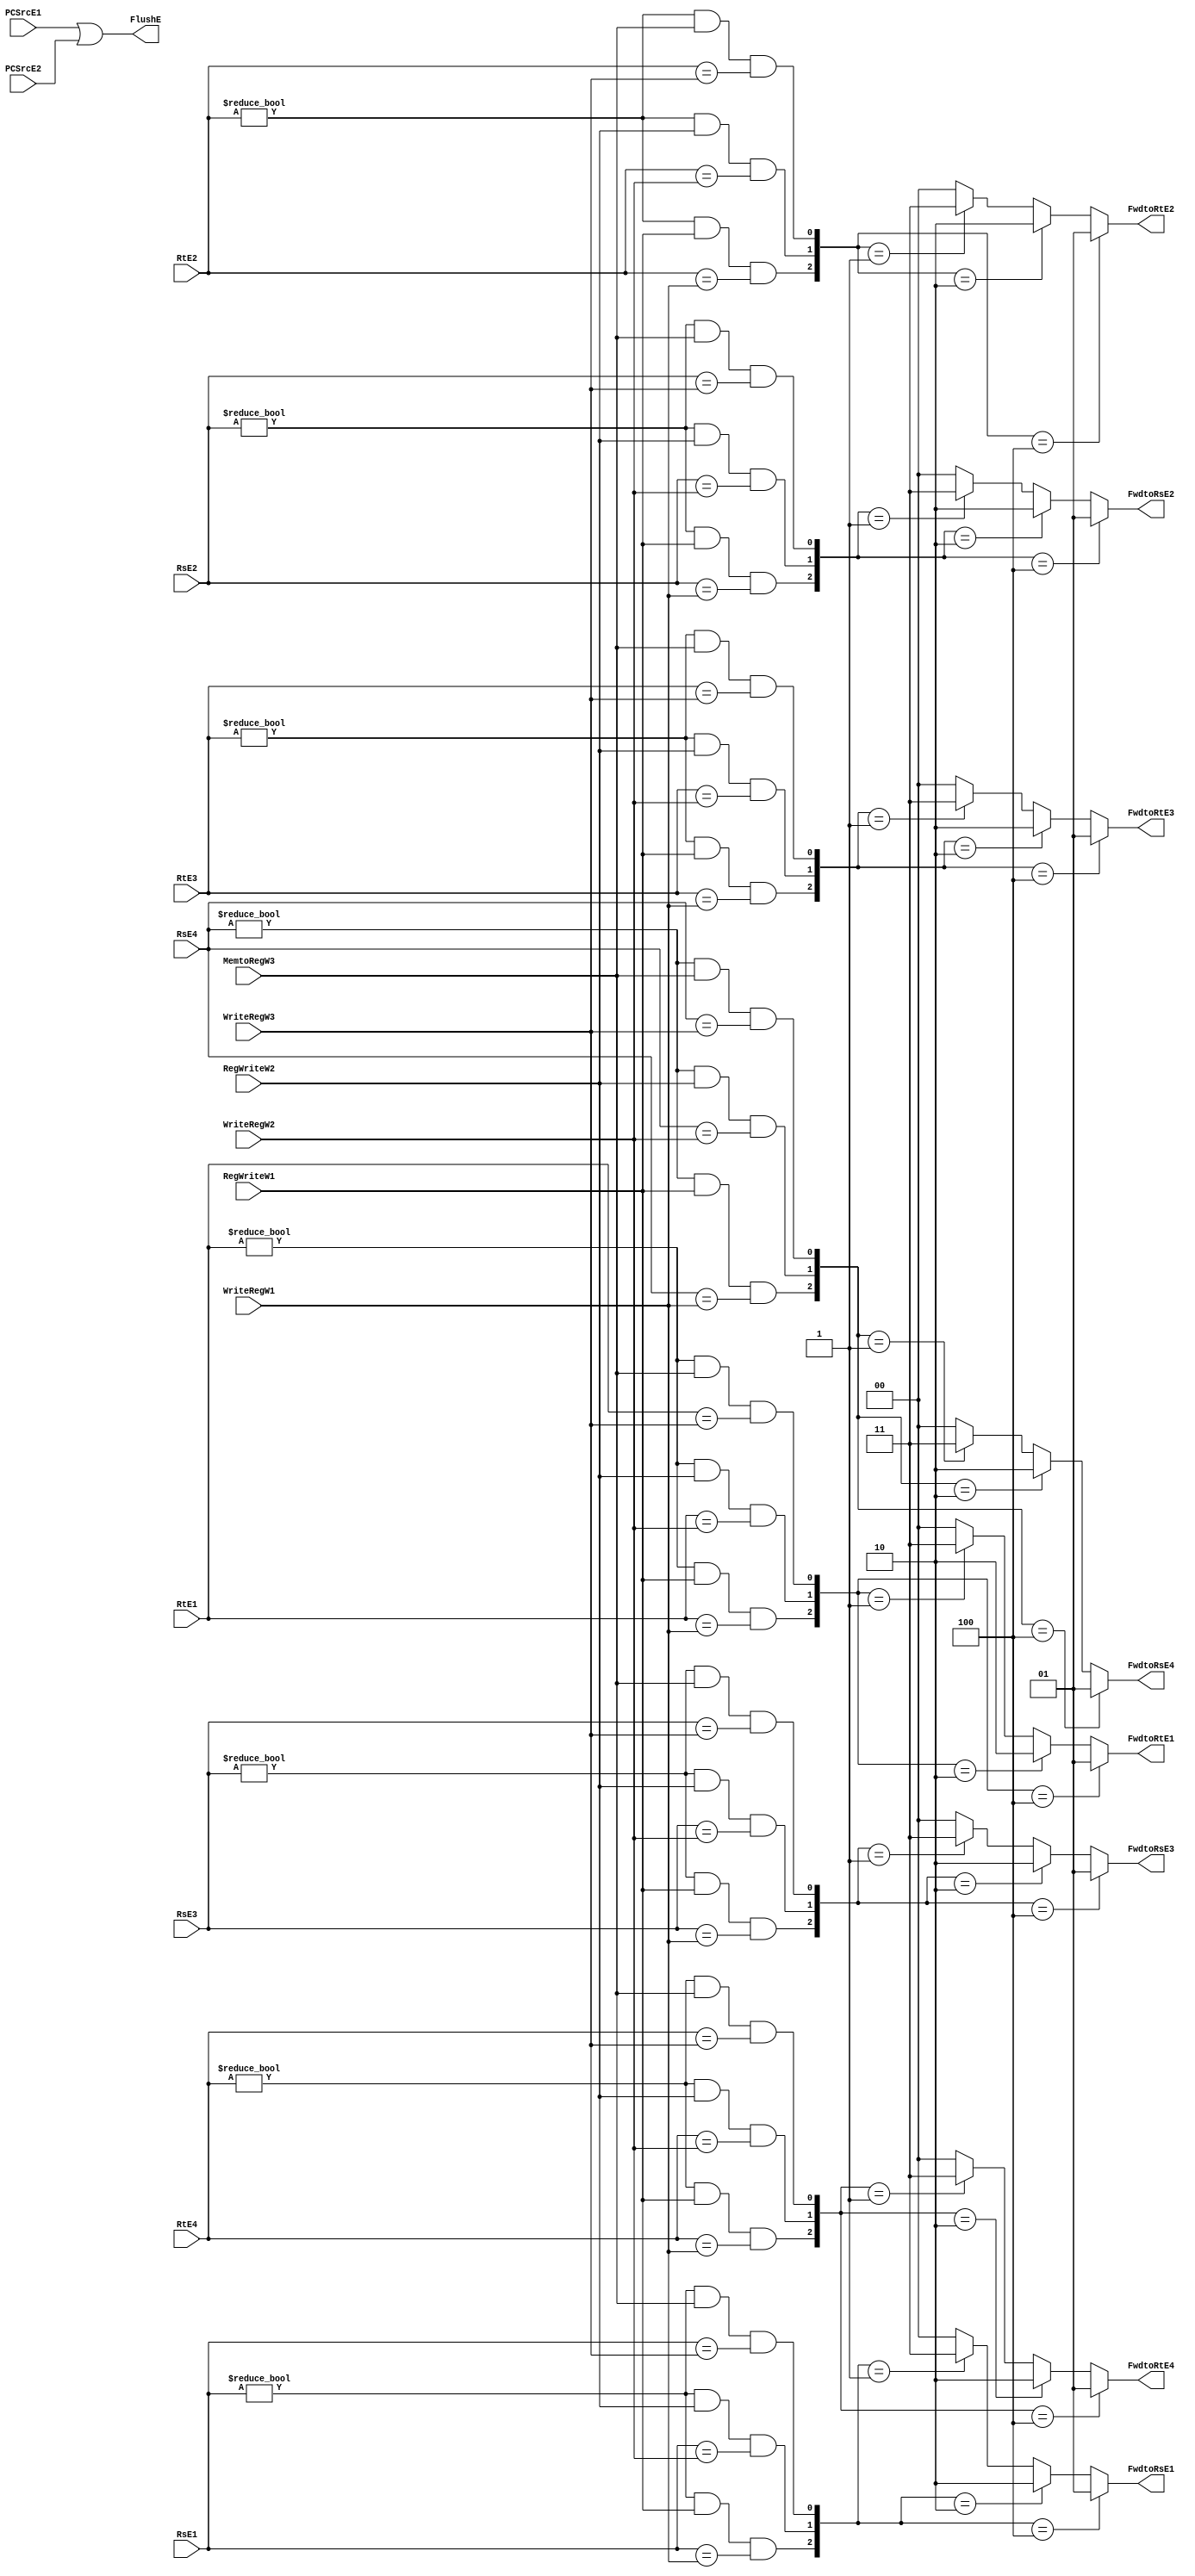
module Hazard_Unit(RsE1,RtE1,RsE2,RtE2,RsE3,RtE3,RsE4,RtE4,
                    RegWriteW1,RegWriteW2,MemtoRegW3,WriteRegW1,WriteRegW2,WriteRegW3,PCSrcE1,PCSrcE2,FlushE,
					FwdtoRsE1,FwdtoRtE1,FwdtoRsE2,FwdtoRtE2,FwdtoRsE3,FwdtoRtE3,FwdtoRsE4,FwdtoRtE4);
  input RegWriteW1,RegWriteW2,PCSrcE1,PCSrcE2,MemtoRegW3;
  input [4:0] RsE1,RtE1,RsE2,RtE2,RsE3,RtE3,RsE4,RtE4,WriteRegW1,WriteRegW2,WriteRegW3;
  output FlushE;
  output [1:0] FwdtoRsE1,FwdtoRtE1,FwdtoRsE2,FwdtoRtE2,FwdtoRsE3,FwdtoRtE3,FwdtoRsE4,FwdtoRtE4;
  
  wire fwd1toRsE1,fwd1toRtE1,fwd2toRsE1,fwd2toRtE1,fwd3toRsE1,fwd3toRtE1,fwd1toRsE2,
		fwd1toRtE2,fwd2toRsE2,fwd2toRtE2,fwd3toRsE2,fwd3toRtE2,fwd1toRsE3,fwd1toRtE3,fwd2toRsE3,
		fwd2toRtE3,fwd3toRsE3,fwd3toRtE3,fwd1toRsE4,fwd1toRtE4,fwd2toRsE4,fwd2toRtE4,fwd3toRsE4,fwd3toRtE4;
  
  assign fwd1toRsE1 = (RsE1 != 5'b0) & RegWriteW1 & (RsE1 == WriteRegW1);
  assign fwd1toRtE1 = (RtE1 != 5'b0) & RegWriteW1 & (RtE1 == WriteRegW1);
  assign fwd2toRsE1 = (RsE1 != 5'b0) & RegWriteW2 & (RsE1 == WriteRegW2);
  assign fwd2toRtE1 = (RtE1 != 5'b0) & RegWriteW2 & (RtE1 == WriteRegW2);
  assign fwd3toRsE1 = (RsE1 != 5'b0) & MemtoRegW3 & (RsE1 == WriteRegW3);
  assign fwd3toRtE1 = (RtE1 != 5'b0) & MemtoRegW3 & (RtE1 == WriteRegW3);
  
  assign FwdtoRsE1 =  ({fwd1toRsE1,fwd2toRsE1,fwd3toRsE1} == 3'b100)? 2'd1:
				({fwd1toRsE1,fwd2toRsE1,fwd3toRsE1} == 3'b010)?2'd2:
				({fwd1toRsE1,fwd2toRsE1,fwd3toRsE1} == 3'b001)?2'd3:2'd0;
  assign FwdtoRtE1 =  ({fwd1toRtE1,fwd2toRtE1,fwd3toRtE1} == 3'b100)? 2'd1:
				({fwd1toRtE1,fwd2toRtE1,fwd3toRtE1} == 3'b010)?2'd2:
				({fwd1toRtE1,fwd2toRtE1,fwd3toRtE1} == 3'b001)?2'd3:2'd0;
  
  assign fwd1toRsE2 = (RsE2 != 5'b0) & RegWriteW1 & (RsE2 == WriteRegW1);
  assign fwd1toRtE2 = (RtE2 != 5'b0) & RegWriteW1 & (RtE2 == WriteRegW1);
  assign fwd2toRsE2 = (RsE2 != 5'b0) & RegWriteW2 & (RsE2 == WriteRegW2);
  assign fwd2toRtE2 = (RtE2 != 5'b0) & RegWriteW2 & (RtE2 == WriteRegW2);
  assign fwd3toRsE2 = (RsE2 != 5'b0) & MemtoRegW3 & (RsE2 == WriteRegW3);
  assign fwd3toRtE2 = (RtE2 != 5'b0) & MemtoRegW3 & (RtE2 == WriteRegW3);
  
  assign FwdtoRsE2 =  ({fwd1toRsE2,fwd2toRsE2,fwd3toRsE2} == 3'b100)? 2'd1:
				({fwd1toRsE2,fwd2toRsE2,fwd3toRsE2} == 3'b010)?2'd2:
				({fwd1toRsE2,fwd2toRsE2,fwd3toRsE2} == 3'b001)?2'd3:2'd0;
  assign FwdtoRtE2 =  ({fwd1toRtE2,fwd2toRtE2,fwd3toRtE2} == 3'b100)? 2'd1:
				({fwd1toRtE2,fwd2toRtE2,fwd3toRtE2} == 3'b010)?2'd2:
				({fwd1toRtE2,fwd2toRtE2,fwd3toRtE2} == 3'b001)?2'd3:2'd0;
  
  assign fwd1toRsE3 = (RsE3 != 5'b0) & RegWriteW1 & (RsE3 == WriteRegW1);
  assign fwd1toRtE3 = (RtE3 != 5'b0) & RegWriteW1 & (RtE3 == WriteRegW1);
  assign fwd2toRsE3 = (RsE3 != 5'b0) & RegWriteW2 & (RsE3 == WriteRegW2);
  assign fwd2toRtE3 = (RtE3 != 5'b0) & RegWriteW2 & (RtE3 == WriteRegW2);
  assign fwd3toRsE3 = (RsE3 != 5'b0) & MemtoRegW3 & (RsE3 == WriteRegW3);
  assign fwd3toRtE3 = (RtE3 != 5'b0) & MemtoRegW3 & (RtE3 == WriteRegW3);
  
  assign FwdtoRsE3 =  ({fwd1toRsE3,fwd2toRsE3,fwd3toRsE3} == 3'b100)? 2'd1:
				({fwd1toRsE3,fwd2toRsE3,fwd3toRsE3} == 3'b010)?2'd2:
				({fwd1toRsE3,fwd2toRsE3,fwd3toRsE3} == 3'b001)?2'd3:2'd0;
  assign FwdtoRtE3 =  ({fwd1toRtE3,fwd2toRtE3,fwd3toRtE3} == 3'b100)? 2'd1:
				({fwd1toRtE3,fwd2toRtE3,fwd3toRtE3} == 3'b010)?2'd2:
				({fwd1toRtE3,fwd2toRtE3,fwd3toRtE3} == 3'b001)?2'd3:2'd0;
  
  assign fwd1toRsE4 = (RsE4 != 5'b0) & RegWriteW1 & (RsE4 == WriteRegW1);
  assign fwd1toRtE4 = (RtE4 != 5'b0) & RegWriteW1 & (RtE4 == WriteRegW1);
  assign fwd2toRsE4 = (RsE4 != 5'b0) & RegWriteW2 & (RsE4 == WriteRegW2);
  assign fwd2toRtE4 = (RtE4 != 5'b0) & RegWriteW2 & (RtE4 == WriteRegW2);
  assign fwd3toRsE4 = (RsE4 != 5'b0) & MemtoRegW3 & (RsE4 == WriteRegW3);
  assign fwd3toRtE4 = (RtE4 != 5'b0) & MemtoRegW3 & (RtE4 == WriteRegW3);
  
  assign FwdtoRsE4 =  ({fwd1toRsE4,fwd2toRsE4,fwd3toRsE4} == 3'b100)? 2'd1:
				({fwd1toRsE4,fwd2toRsE4,fwd3toRsE4} == 3'b010)?2'd2:
				({fwd1toRsE4,fwd2toRsE4,fwd3toRsE4} == 3'b001)?2'd3:2'd0;
  assign FwdtoRtE4 =  ({fwd1toRtE4,fwd2toRtE4,fwd3toRtE4} == 3'b100)? 2'd1:
				({fwd1toRtE4,fwd2toRtE4,fwd3toRtE4} == 3'b010)?2'd2:
				({fwd1toRtE4,fwd2toRtE4,fwd3toRtE4} == 3'b001)?2'd3:2'd0;

  assign FlushE = PCSrcE1 | PCSrcE2;
endmodule